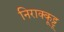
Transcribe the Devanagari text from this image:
निराक्कूट्टू